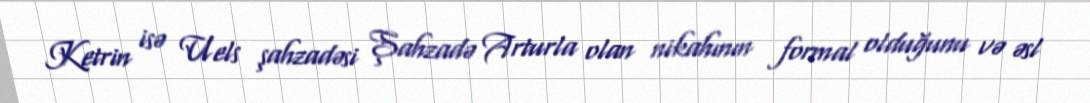
Ketrin isə Uels şahzadəsi Şahzadə Arturla olan nikahının formal olduğunu və əsl